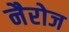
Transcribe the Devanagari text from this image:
नैरोज